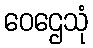
ဝေဌေသုံ